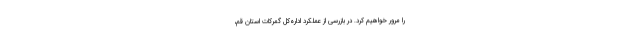
را مرور خواهیم کرد. در بازرسی از عملکرد اداره‌کل گمرکات استان قم،